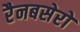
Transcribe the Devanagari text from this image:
रैनबसेरों